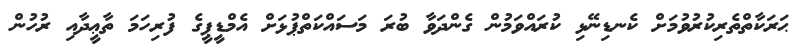
ޙަރަކާތްތެރިކުރުވުމަށް ކެނޑިނޭޅި ކުރައްވަމުން ގެންދަވާ ބުރަ މަސައްކަތްޕުޅަށް އެމްޑީޕީގެ ފުރިހަމަ ތާޢީދާއި ރުހުން